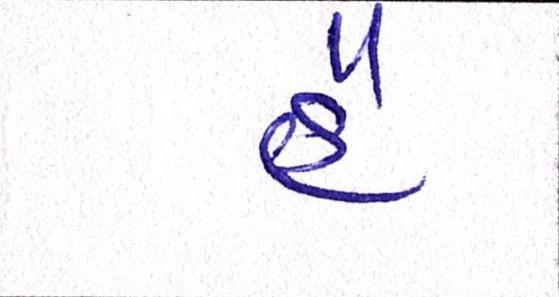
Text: હૈ